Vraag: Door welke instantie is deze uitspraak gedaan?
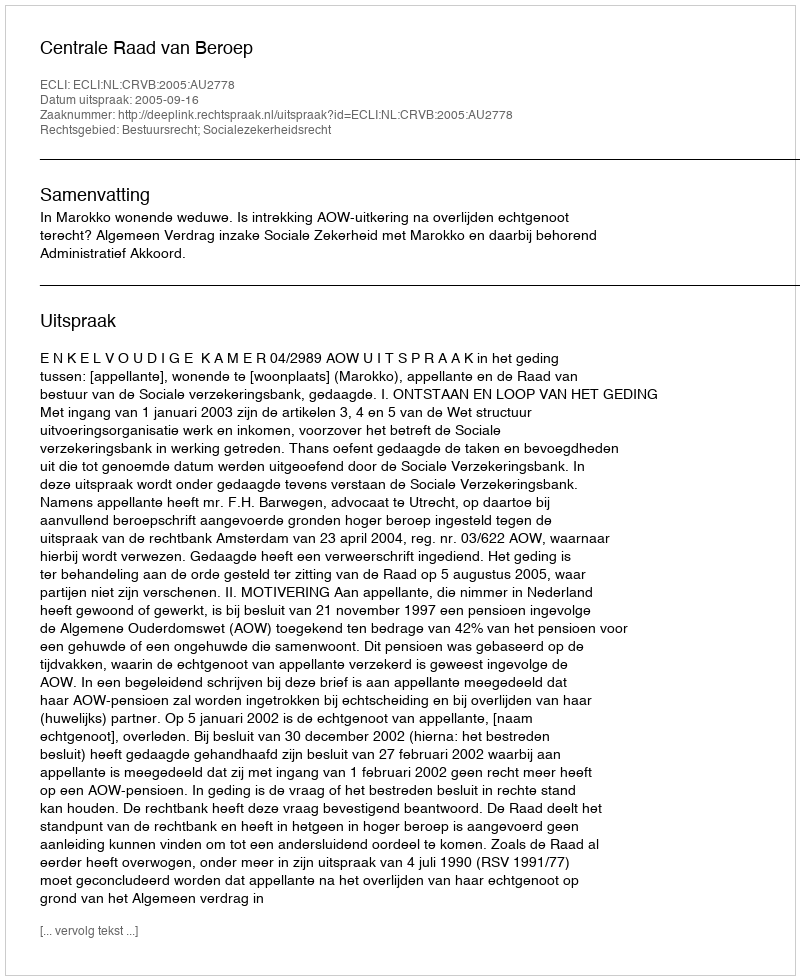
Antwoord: Centrale Raad van Beroep